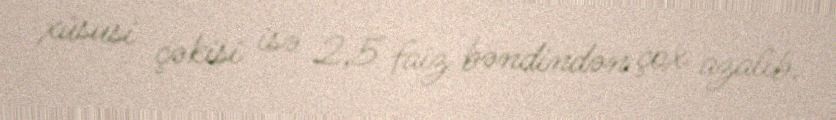
xüsusi çəkisi isə 2,5 faiz bəndindən çox azalıb.